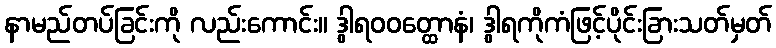
နာမည်တပ်ခြင်းကို လည်းကောင်း။ ဒွါရဝဝတ္ထောနံ၊ ဒွါရကိုကံဖြင့်ပိုင်းခြားသတ်မှတ်